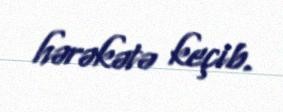
hərəkətə keçib.